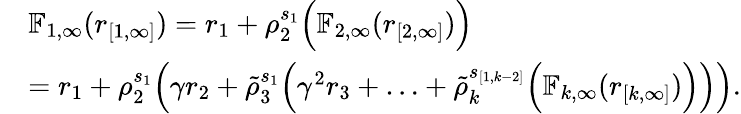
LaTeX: \begin{array}{rl}&{\mathbb{F}_{1,\infty}({r}_{[1,\infty]})=r_{1}+\rho_{2}^{s_{1}}\Big(\mathbb{F}_{2,\infty}({r}_{[2,\infty]})\Big)}\\ &{=r_{1}+\rho_{2}^{s_{1}}\Big(\gamma r_{2}+\tilde{\rho}_{3}^{s_{1}}\Big(\gamma^{2}r_{3}+\ldots+\tilde{\rho}_{k}^{s_{[1,k-2]}}\Big(\mathbb{F}_{k,\infty}({r}_{[k,\infty]})\Big)\Big)\Big).}\end{array}